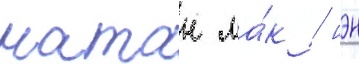
натан ма́к / иэн